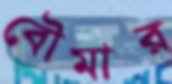
বৌমার